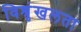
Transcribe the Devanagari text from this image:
विश्रृंखलता